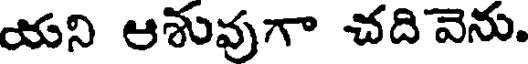
యని ఆశువుగా చదివెను.